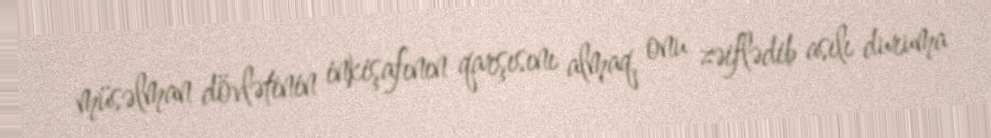
müsəlman dövlətinin inkişafının qarşısını almaq, onu zəiflədib asılı duruma